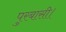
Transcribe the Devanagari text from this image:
पुरबासी।